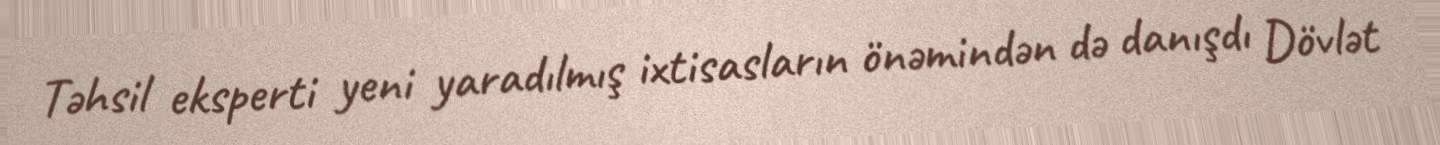
Təhsil eksperti yeni yaradılmış ixtisasların önəmindən də danışdı Dövlət